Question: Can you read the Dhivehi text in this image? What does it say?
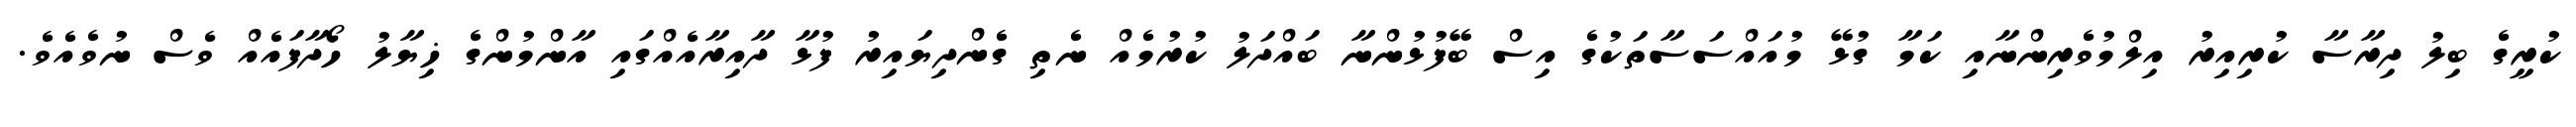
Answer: ކުރީގެ ބިލު ދިރާސާ ކުރިއިރު އިލްމުވެރިންނާއި ކަމާ ގުޅޭ މުއައްސަސާތަކުގެ އިސް ބޭފުޅުންނާ ބައްދަލު ކުރުމެއް ނެތި ގެންދިޔައިރު ފުޅާ ދާއިރާއެއްގައި އާންމުންގެ ޚިޔާލު ހޯދާފައެއް ވެސް ނުވެއެވެ.